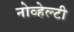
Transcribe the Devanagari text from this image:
नोव्हेल्टी